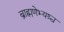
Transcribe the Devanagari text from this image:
ब्राह्मणेभ्यश्च